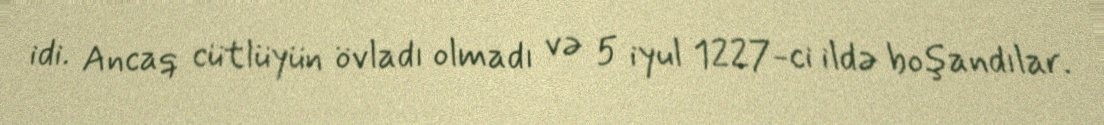
idi. Ancaq cütlüyün övladı olmadı və 5 iyul 1227-ci ildə boşandılar.